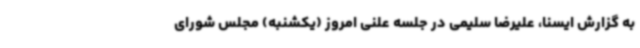
به گزارش ایسنا، علیرضا سلیمی در جلسه علنی امروز (یکشنبه) مجلس شورای